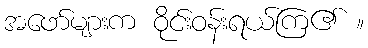
အဖော်များက ဝိုင်းဝန်းရယ်ကြ၏ ။